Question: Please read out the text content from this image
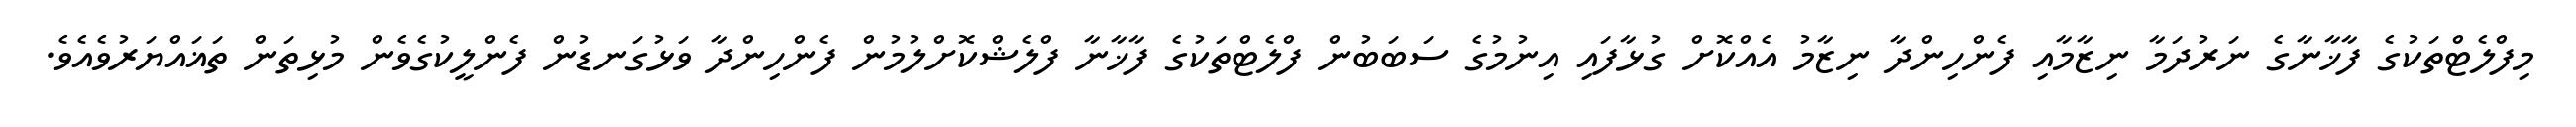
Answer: މިފްލެޓްތަކުގެ ފާޚާނާގެ ނަރުދަމާ ނިޒާމާއި ފެންހިންދާ ނިޒާމު އެއްކޮށް ގުޅާފައި އިނުމުގެ ސަބަބުން ފްލެޓްތަކުގެ ފާޚާނާ ފްލެޝްކޮށްލުމުން ފެންހިންދާ ވަޅުގަނޑުން ފެންލީކުގެވެން މުޅިތަން ތަޣައްޔަރުވެއެވެ.